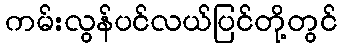
ကမ်းလွန်ပင်လယ်ပြင်တို့တွင်